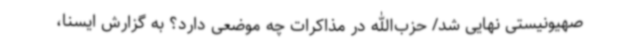
صهیونیستی نهایی شد/ حزب‌الله در مذاکرات چه موضعی دارد؟ به گزارش ایسنا،